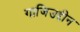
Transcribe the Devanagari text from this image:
गाजिउद्दीन